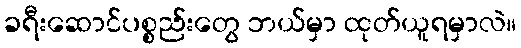
ခရီးဆောင်ပစ္စည်းတွေ ဘယ်မှာ ထုတ်ယူရမှာလဲ။